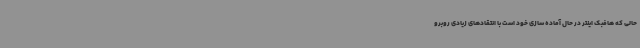
حالی که هافبک اینتر در حال آماده سازی خود است با انتقادهای زیادی روبرو